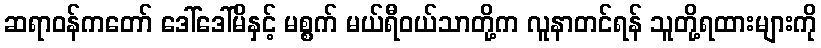
ဆရာဝန်ကတော် ဒေါ်ဒေါ်မိနှင့် မစ္စက် မယ်ရီဝယ်သာတို့က လူနာတင်ရန် သူတို့ရထားများကို